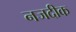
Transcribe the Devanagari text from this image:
नजदीक